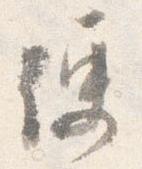
便